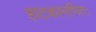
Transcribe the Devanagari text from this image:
हाटकानभितः